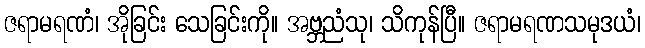
ဇရာမရဏံ၊ အိုခြင်း သေခြင်းကို။ အဗ္ဘညံသု၊ သိကုန်ပြီ။ ဇရာမရဏသမုဒယံ၊